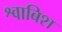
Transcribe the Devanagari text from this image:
श्वाबिश